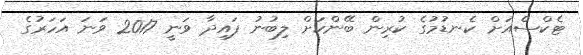
ޓެކްސްއަށް ކެނޑުމުގެ ކުރިން ބޭންކަށް ލިބުނު ފައިދާ ވަނީ 2017 ވަނަ އަހަރުގެ